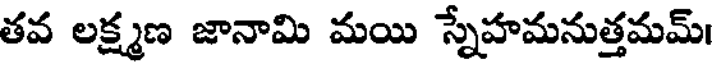
తవ లక్ష్మణ జానామి మయి స్నేహమనుత్తమమ్।